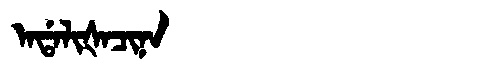
Manchu: ᠠᡩᠠᠯᡳᡧᠠᠴᡳᠨᠠ
Romanization: ADALIŠACINA